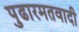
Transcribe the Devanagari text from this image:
पुढारमतवादी